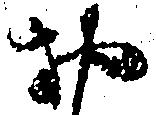
お